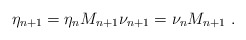
\begin{align*}\eta_{n+1}=\eta_n M_{n+1} \nu_{n+1}=\nu_n M_{n+1} \ . \end{align*}